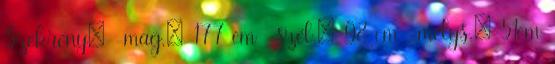
Szekrény: -mag.: 177 cm -szél.: 98 cm -mélys.: 51cm